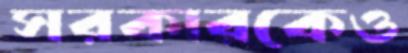
সরকারকেও